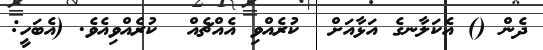
ދެން () އެކަލާނގެ އަޅާއަށް  ކުރެއްވި އެއްޗެއް  ކުރެއްވިއެވެ. (އެބަހީ: